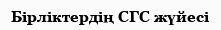
Бірліктердің СГС жүйесі